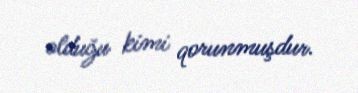
olduğu kimi qorunmuşdur.